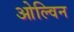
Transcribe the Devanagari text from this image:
ओल्विन